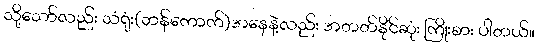
သို့သော်လည်း သံရုံး(ဘန်ကောက်)အနေနဲ့လည်း အတတ်နိုင်ဆုံး ကြိုးစား ပါတယ်။